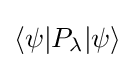
\langle \psi |P_{\lambda }|\psi \rangle